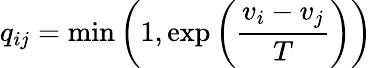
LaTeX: q_{ij}=\operatorname*{min}\left(1,\exp\left({\frac{v_{i}-v_{j}}{T}}\right)\right)